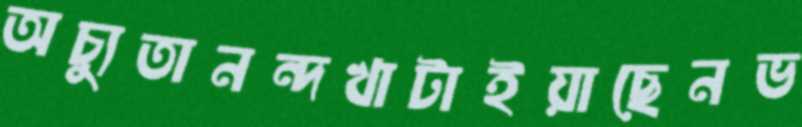
অচ্যুতানন্দখাটাইয়াছেনভ